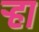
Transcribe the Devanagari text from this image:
र्‍हा